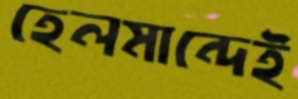
হেলমান্দেই